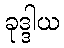
ခုဒ္ဒါယ